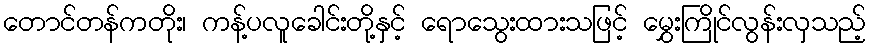
တောင်တန်ကတိုး၊ ကန့်ပလူခေါင်းတို့နှင့် ရောသွေးထားသဖြင့် မွှေးကြိုင်လွန်းလှသည့်